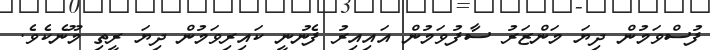
ފުސްވަމުން ދިޔަ މަންޒަރު ސާފުވަމުން އައިއިރު ފެނުނީ ކައިރިވަމުން ދިޔަ ރީތި މޫނެކެވެ.